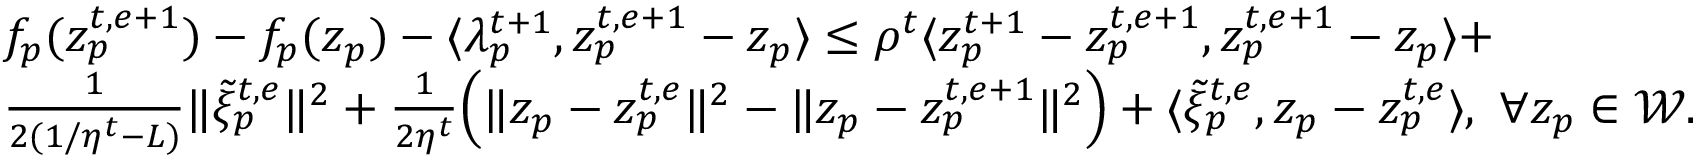
\begin{array} { r l } & { f _ { p } ( z _ { p } ^ { t , e + 1 } ) - f _ { p } ( z _ { p } ) - \langle \lambda _ { p } ^ { t + 1 } , z _ { p } ^ { t , e + 1 } - z _ { p } \rangle \leq \rho ^ { t } \langle z _ { p } ^ { t + 1 } - z _ { p } ^ { t , e + 1 } , z _ { p } ^ { t , e + 1 } - z _ { p } \rangle + } \\ & { \frac { 1 } { 2 ( 1 / \eta ^ { t } - L ) } \| \tilde { \xi } _ { p } ^ { t , e } \| ^ { 2 } + \frac { 1 } { 2 \eta ^ { t } } \Big ( \| z _ { p } - z _ { p } ^ { t , e } \| ^ { 2 } - \| z _ { p } - z _ { p } ^ { t , e + 1 } \| ^ { 2 } \Big ) + \langle \tilde { \xi } _ { p } ^ { t , e } , z _ { p } - z _ { p } ^ { t , e } \rangle , \ \forall z _ { p } \in \mathcal { W } . } \end{array}